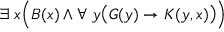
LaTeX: \exists \; x { \Big ( } B ( x ) \land \forall \; y { \big ( } G ( y ) \rightarrow K ( y , x ) { \big ) } { \Big ) }